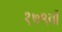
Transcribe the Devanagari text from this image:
१७९वाँ